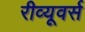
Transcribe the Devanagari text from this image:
रीव्यूवर्स